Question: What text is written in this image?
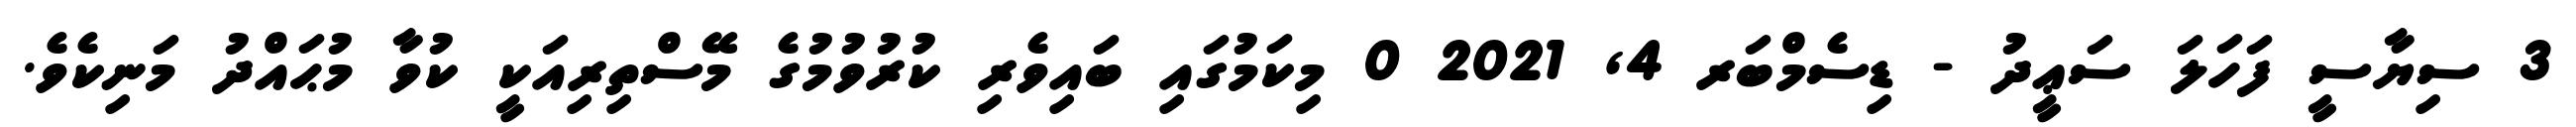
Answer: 3 ސިޔާސީ ފަހަލަ ސަޢީދު - ޑިސެމްބަރ 4, 2021 0 މިކަމުގައި ބައިވެރި ކުރުވުމުގެ މޭސްތިރިއަކީ ކުވާ މުޙައްދު މަނިކެވެ.